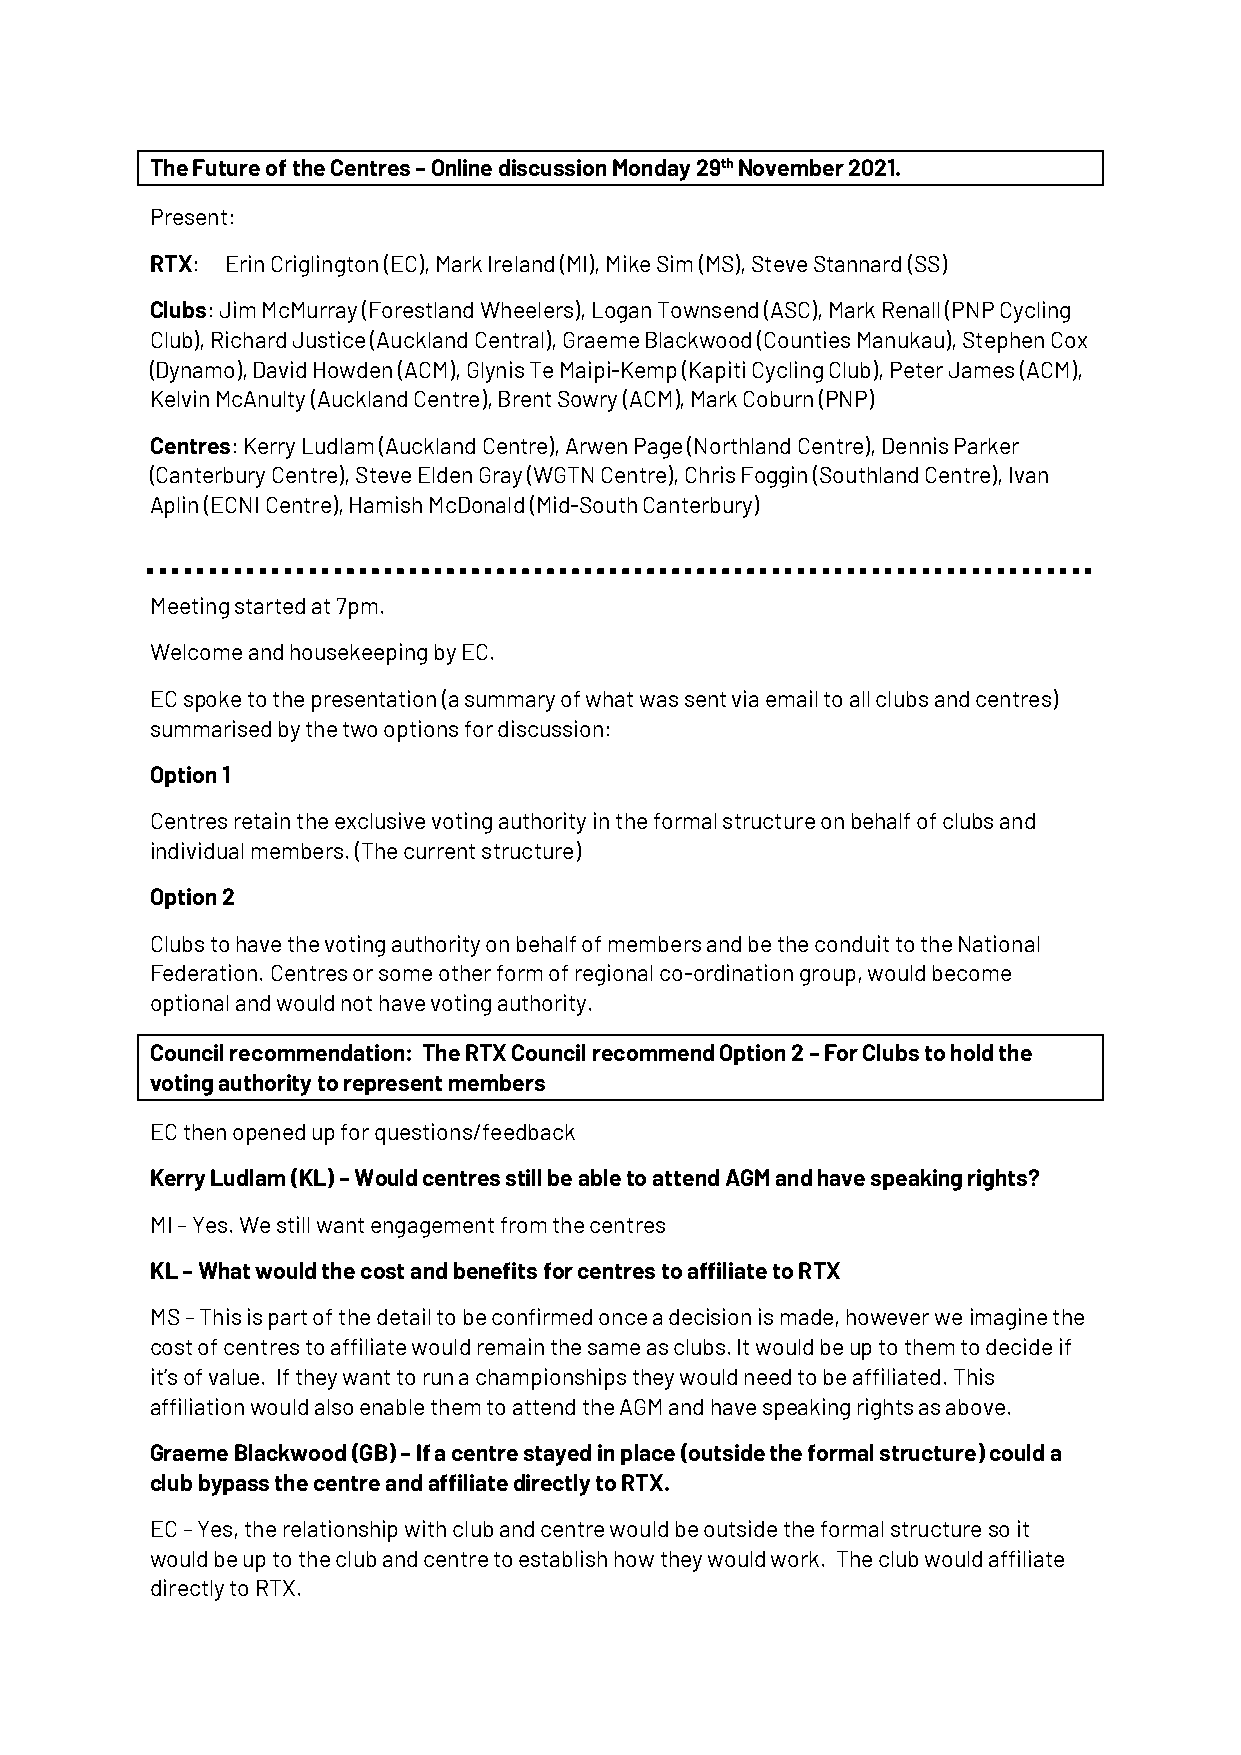
The Future of the Centres – Online discussion Monday 29th November 2021.
 Present:
 RTX: Erin Criglington (EC), Mark Ireland (MI), Mike Sim (MS), Steve Stannard (SS)
 Clubs: Jim McMurray (Forestland Wheelers), Logan Townsend (ASC), Mark Renall (PNP Cycling
 Club), Richard Justice (Auckland Central), Graeme Blackwood (Counties Manukau), Stephen Cox
 (Dynamo), David Howden (ACM), Glynis Te Maipi-Kemp (Kapiti Cycling Club), Peter James (ACM),
 Kelvin McAnulty (Auckland Centre), Brent Sowry (ACM), Mark Coburn (PNP)
 Centres: Kerry Ludlam (Auckland Centre), Arwen Page (Northland Centre), Dennis Parker
 (Canterbury Centre), Steve Elden Gray (WGTN Centre), Chris Foggin (Southland Centre), Ivan
 Aplin (ECNI Centre), Hamish McDonald (Mid-South Canterbury)
 Meeting started at 7pm.
 Welcome and housekeeping by EC.
 EC spoke to the presentation (a summary of what was sent via email to all clubs and centres)
 summarised by the two options for discussion:
 Option 1
 Centres retain the exclusive voting authority in the formal structure on behalf of clubs and
 individual members. (The current structure)
 Option 2
 Clubs to have the voting authority on behalf of members and be the conduit to the National
 Federation. Centres or some other form of regional co-ordination group, would become
 optional and would not have voting authority.
 Council recommendation: The RTX Council recommend Option 2 – For Clubs to hold the
 voting authority to represent members
 EC then opened up for questions/feedback
 Kerry Ludlam (KL) – Would centres still be able to attend AGM and have speaking rights?
 MI – Yes. We still want engagement from the centres
 KL – What would the cost and benefits for centres to affiliate to RTX
 MS – This is part of the detail to be confirmed once a decision is made, however we imagine the
 cost of centres to affiliate would remain the same as clubs. It would be up to them to decide if
 it’s of value. If they want to run a championships they would need to be affiliated. This
 affiliation would also enable them to attend the AGM and have speaking rights as above.
 Graeme Blackwood (GB) – If a centre stayed in place (outside the formal structure) could a
 club bypass the centre and affiliate directly to RTX.
 EC – Yes, the relationship with club and centre would be outside the formal structure so it
 would be up to the club and centre to establish how they would work. The club would affiliate
 directly to RTX.